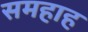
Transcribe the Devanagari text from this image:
समहाह